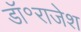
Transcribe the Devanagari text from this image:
डॉ॰राजेश